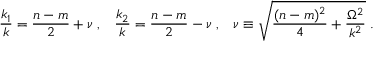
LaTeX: \frac { k _ { 1 } } { k } = \frac { n - m } { 2 } + \nu \; , \; \; \; \frac { k _ { 2 } } { k } = \frac { n - m } { 2 } - \nu \; , \; \; \; \nu \equiv \sqrt { \frac { ( n - m ) ^ { 2 } } { 4 } + \frac { \Omega ^ { 2 } } { k ^ { 2 } } } \; .